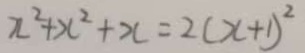
x ^ { 2 } + x ^ { 2 } + x = 2 ( x + 1 ) ^ { 2 }